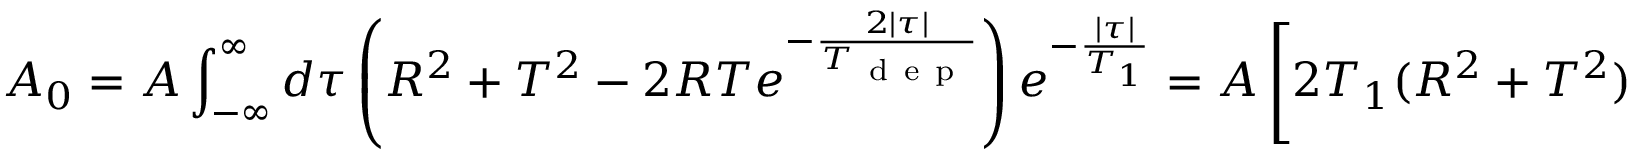
A _ { 0 } = A \int _ { - \infty } ^ { \infty } d \tau \left( R ^ { 2 } + T ^ { 2 } - 2 R T e ^ { - \frac { 2 | \tau | } { T _ { \mathrm { ~ d ~ e ~ p ~ } } } } \right) e ^ { - \frac { | \tau | } { T _ { 1 } } } = A \left[ 2 T _ { 1 } ( R ^ { 2 } + T ^ { 2 } ) - 4 R T \frac { T _ { 1 } T _ { \mathrm { ~ d ~ e ~ p ~ } } } { 2 T _ { 1 } + T _ { \mathrm { ~ d ~ e ~ p ~ } } } \right] ,